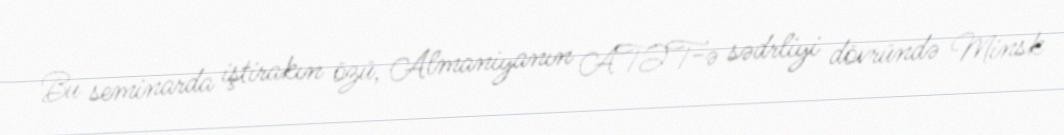
Bu seminarda iştirakın özü, Almaniyanın ATƏT-ə sədrliyi dövründə Minsk